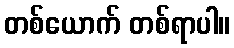
တစ်ယောက် တစ်ရာပါ။